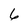
Character: 6